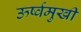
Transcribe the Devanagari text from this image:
ऊर्ष्वमुखी